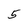
Character: 5